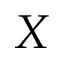
X